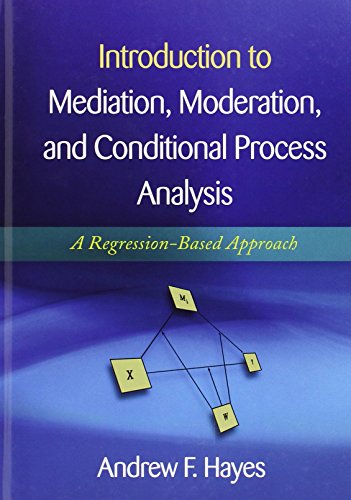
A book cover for Introduction to Mediation, Moderation, and Conditional Process Analysis: A Regression-Based Approach (Methodology in the Social Sciences); Andrew F. Hayes; Medical Books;